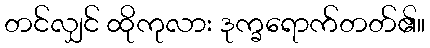
တင်လျှင် ထိုကုလား ဒုက္ခရောက်တတ်၏။